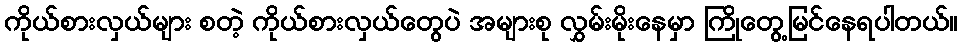
ကိုယ်စားလှယ်များ စတဲ့ ကိုယ်စားလှယ်တွေပဲ အများစု လွှမ်းမိုးနေမှာ ကြိုတွေ့မြင်နေရပါတယ်။